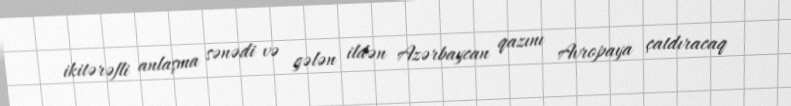
ikitərəfli anlaşma sənədi və gələn ildən Azərbaycan qazını Avropaya çatdıracaq